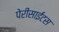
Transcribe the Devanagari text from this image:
पेरीसाईंटस